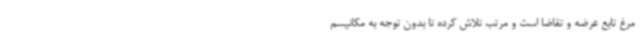
مرغ تابع عرضه و تقاضا است و مرتب تلاش کرده تا بدون توجه به مکانیسم